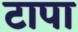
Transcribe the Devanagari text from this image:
टापा